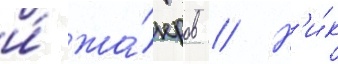
и́ жа́нров // Н'и́к